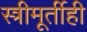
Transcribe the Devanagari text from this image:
स्त्रीमूर्तीही